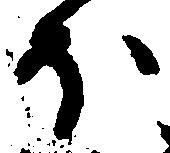
ほ